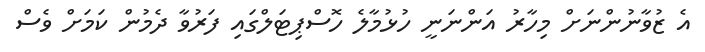
އެ ޒުވާނުންނަށް މިހާރު އަންނަނީ ހުޅުމާލެ ހޮސްޕިޓަލްގައި ފަރުވާ ދެމުން ކަމަށް ވެސް